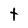
Character: T